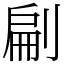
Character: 㓲